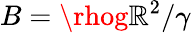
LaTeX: B=\rhog\mathbb{R}^{2}/\gamma